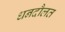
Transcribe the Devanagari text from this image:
धनदौलत